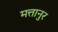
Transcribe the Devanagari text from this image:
मत्तानुर